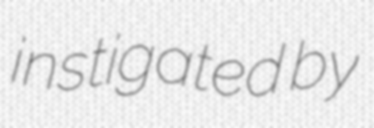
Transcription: instigated by